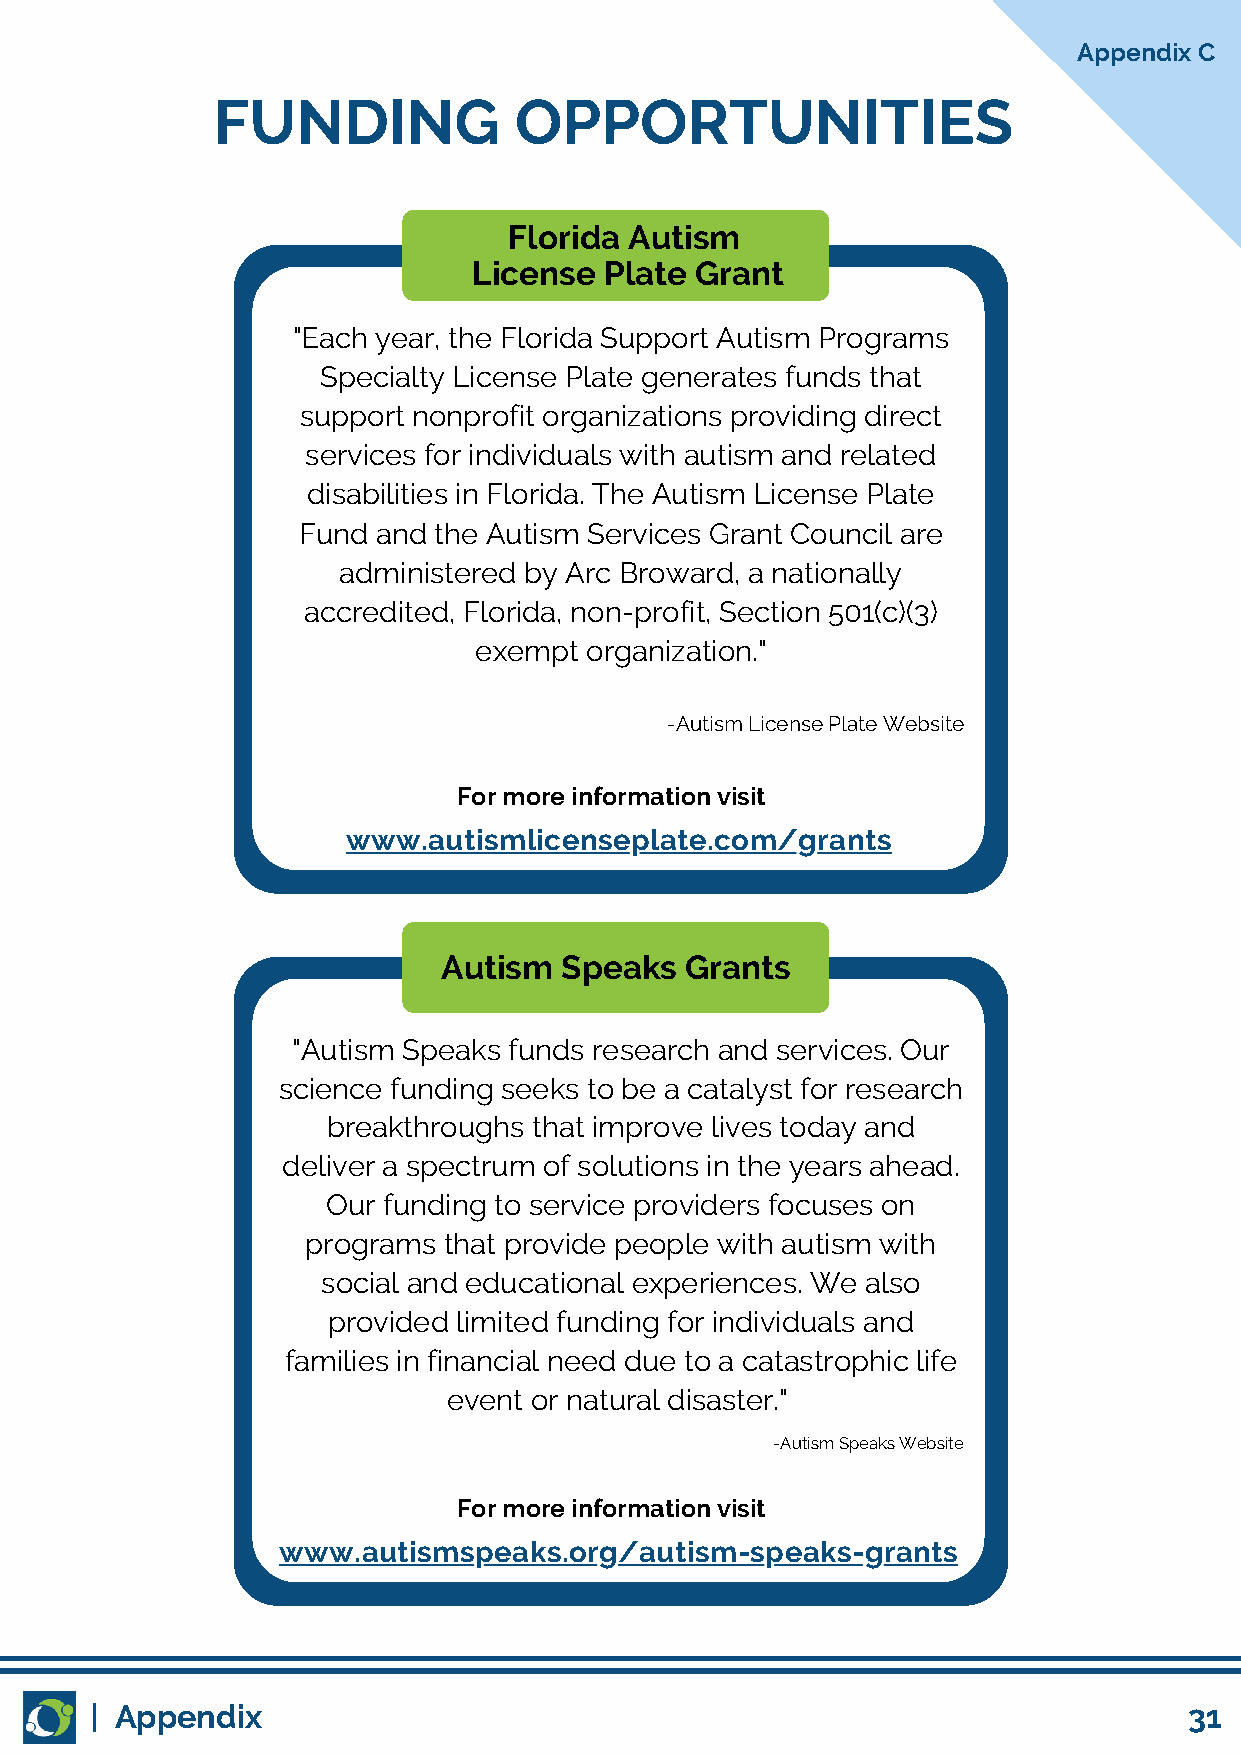
Appendix C
 FUNDING             OPPORTUNITIES
 Florida Autism
 License  Plate Grant
 "Each year, the Florida Support Autism Programs
 Specialty License Plate generates funds that
 support nonprofit organizations providing direct
 services for individuals with autism and related
 disabilities in Florida. The Autism License Plate
 Fund and the Autism Services Grant Council are
 administered by Arc Broward, a nationally
 accredited, Florida, non-profit, Section 501(c)(3)
 exempt  organization."
 -Autism License Plate Website
 For more information visit
 www.autismlicenseplate.com/grants
 Autism  Speaks  Grants
 "Autism Speaks funds research and services. Our
 science funding seeks to be a catalyst for research
 breakthroughs that improve lives today and
 deliver a spectrum of solutions in the years ahead.
 Our funding to service providers focuses on
 programs that provide people with autism with
 social and educational experiences. We also
 provided limited funding for individuals and
 families in financial need due to a catastrophic life
 event or natural disaster."
 -Autism Speaks Website
 For more information visit
 www.autismspeaks.org/autism-speaks-grants
 | Appendix                                                               31